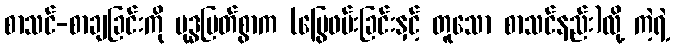
စာသင်-စာချခြင်းကို ဗုဒ္ဓမြတ်စွာက (မြွေဖမ်းခြင်းနှင့် တူသော စာသင်နည်း)လို့ ကဲ့ရဲ့